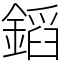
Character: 䤾